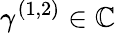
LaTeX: \gamma^{(1,2)}\in\mathbb{C}